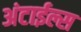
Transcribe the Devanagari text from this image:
अंटाईल्स